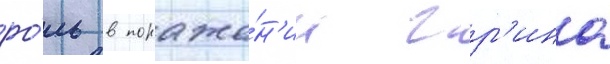
ро́ль в пораже́н'ии гр'ина